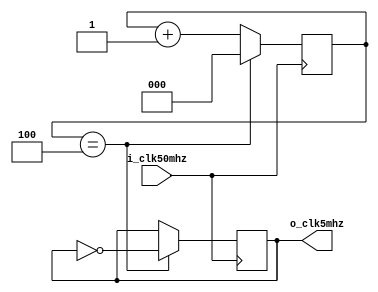
/*
* TITLE: clock_5MHz.v
* DESCRIPTION: Divide 50Mhz input clock by 10 to produce 5MHz output clock
*
* TODO: Add ENABLE input
*
*/

module clock_5MHz(
  input i_clk50mhz,
  output o_clk5mhz
);

  reg [2:0] r_count = 0;
  reg r_clk = 0;

  assign o_clk5mhz = r_clk;

  always @ (posedge i_clk50mhz)
  begin
    if ( r_count == 4 )
    begin
      r_count <= 0;
      r_clk <= ~r_clk;
    end
    else
      r_count <= r_count + 1;
  end

endmodule